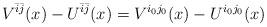
LaTeX: \begin{align*}V^{\bar{i}\bar{j}}(x)-U^{\bar{i}\bar{j}}(x)= V^{i_0j_0}(x)-U^{i_0j_0}(x)\end{align*}